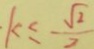
k \leq \frac { \sqrt { 2 } } { 2 }